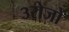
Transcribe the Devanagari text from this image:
३रोजों